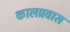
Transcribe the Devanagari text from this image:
कालप्रवास